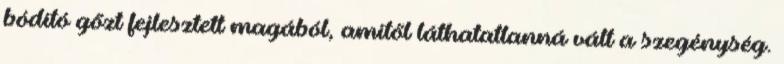
bódító gőzt fejlesztett magából, amitől láthatatlanná vált a szegénység.